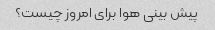
پیش بینی هوا برای امروز چیست؟